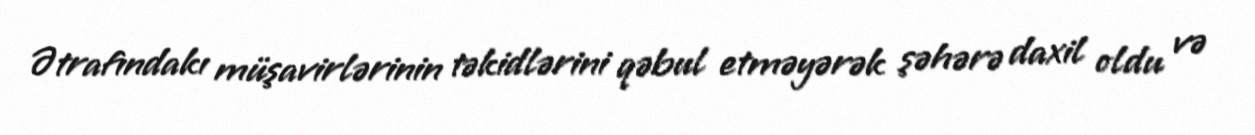
Ətrafındakı müşavirlərinin təkidlərini qəbul etməyərək şəhərə daxil oldu və